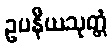
ဥပနီယသုတ္တံ